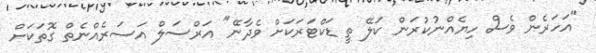
"އަހަރެން ވެސް ހިޔެއްނުކުރަން ކަލޭ ތީ ޑަކްޓަރަކަށް ވެދާނޭ" އަރްސަލް އަސަރެއްނެތް ގޮތަކަށް